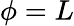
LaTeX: \phi=L